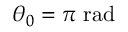
\theta _ { 0 } = \pi ~ \mathrm { r a d }